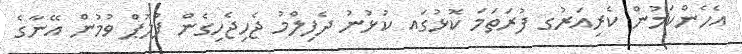
އެހެންކަމުން ކެރިއަރުގ ފުރަތަމަ ކޮޅުގައ ކުޅުނު ދެފިލްމު ޖެހިޖެހިގެން ފްލޮޕް ވުމުން އޭނާގެ